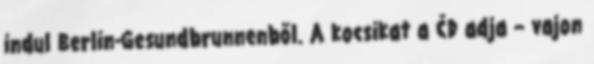
indul Berlin-Gesundbrunnenből. A kocsikat a ČD adja – vajon